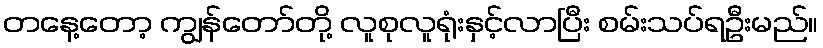
တနေ့တော့ ကျွန်တော်တို့ လူစုလူရုံးနှင့်လာပြီး စမ်းသပ်ရဦးမည်။